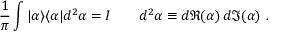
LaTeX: { \frac { 1 } { \pi } } \int | \alpha \rangle \langle \alpha | d ^ { 2 } \alpha = I \qquad d ^ { 2 } \alpha \equiv d \Re ( \alpha ) \, d \Im ( \alpha ) ~ .